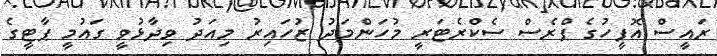
ރައީސް އޮފީހުގެ ޕްރެސް ސެކްރެޓަރީ މުހަންމަދު ޒުހައިރު މިއަދު ވިދާޅުވީ ގައުމީ ޕާޓީގެ